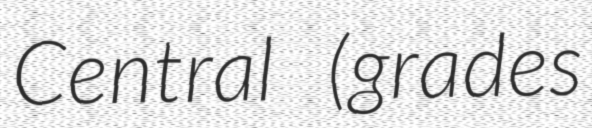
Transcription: Central (grades